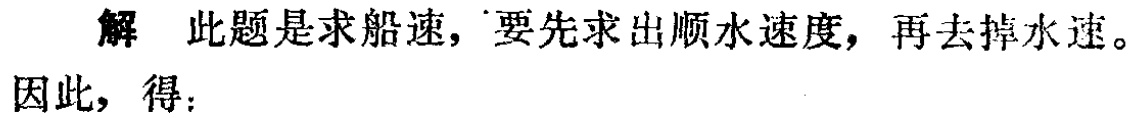
解 此题是求船速，要先求出顺水速度，再去掉水速。

因此，得：